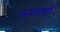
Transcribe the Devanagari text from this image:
कशातही